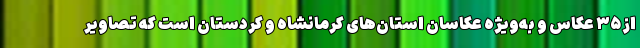
از ۳۵ عکاس و به‌ویژه عکاسان استان‌های کرمانشاه و کردستان است که تصاویر